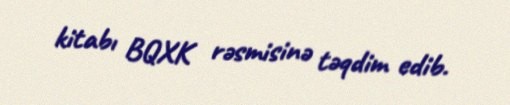
kitabı BQXK rəsmisinə təqdim edib.